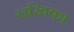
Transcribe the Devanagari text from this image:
लखिका